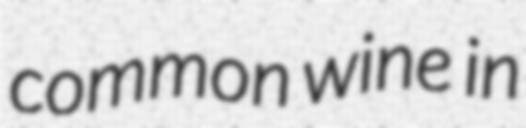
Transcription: common wine in